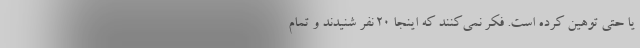
یا حتی توهین کرده است. فکر نمی‌کنند که اینجا ۲۰ نفر شنیدند و تمام